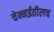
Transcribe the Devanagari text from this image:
चेन्नईतीलच